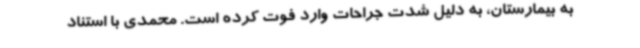
به بیمارستان، به دلیل شدت جراحات وارد فوت کرده است. محمدی با استناد